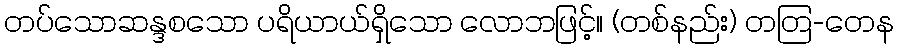
တပ်သောဆန္ဒစသော ပရိယာယ်ရှိသော လောဘဖြင့်။ (တစ်နည်း) တတြ-တေန